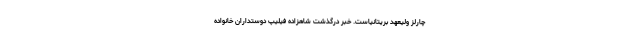
چارلز ولیعهد بریتانیاست. خبر درگذشت شاهزاده فیلیپ دوستداران خانواده